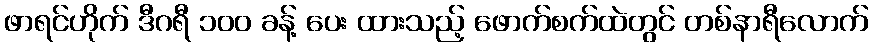
ဖာရင်ဟိုက် ဒီဂရီ ၁၀၀ ခန့် ပေး ထားသည့် ဖောက်စက်ထဲတွင် တစ်နာရီလောက်